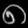
Digit: ၈